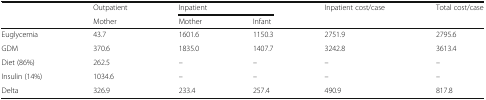
|  | Outpatient | <COLSPAN=2> Inpatient | Inpatient cost/case | Total cost/case |
 |  | Mother | Mother | Infant |  |  |
 | --- | --- | --- | --- | --- | --- |
 | Euglycemia | 43.7 | 1601.6 | 1150.3 | 2751.9 | 2795.6 |
 | GDM | 370.6 | 1835.0 | 1407.7 | 3242.8 | 3613.4 |
 | Diet (86%) | 262.5 | – | – | – | – |
 | Insulin (14%) | 1034.6 | – | – | – | – |
 | Delta | 326.9 | 233.4 | 257.4 | 490.9 | 817.8 |